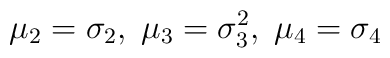
\mu_2 = \sigma_2, \; \mu_3 = \sigma^2_3, \; \mu_4 = \sigma_4